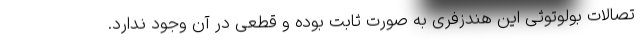
تصالات بولوتوثی این هندزفری به صورت ثابت بوده و قطعی در آن وجود ندارد.